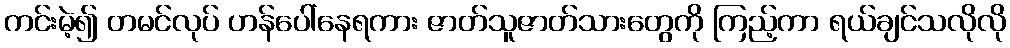
ကင်းမဲ့၍ တမင်လုပ် ဟန်ပေါ်နေရကား ဇာတ်သူဇာတ်သားတွေကို ကြည့်ကာ ရယ်ချင်သလိုလို